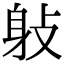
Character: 𨈙